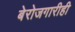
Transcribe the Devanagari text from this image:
बेरोजगारीही